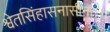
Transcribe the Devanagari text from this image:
श्वेतसिंहासनासीना।।।